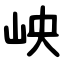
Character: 岟